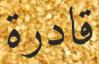
قادرة